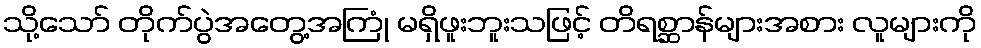
သို့သော် တိုက်ပွဲအတွေ့အကြုံ မရှိဖူးဘူးသဖြင့် တိရစ္ဆာန်များအစား လူများကို